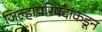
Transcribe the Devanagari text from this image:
जिल्हापरिषदांकडून